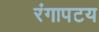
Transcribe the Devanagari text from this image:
रंगापटय